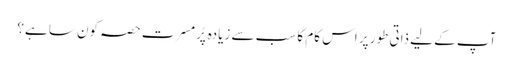
آپ کے لیے ذاتی طور پر اس کام کا سب سے زیادہ پُرمسرت حصہ کون سا ہے؟